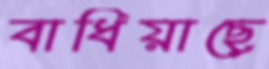
বাধিয়াছে